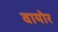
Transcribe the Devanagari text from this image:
वायोर